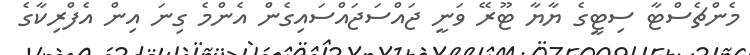
މެންޗެސްޓާ ސިޓީގެ ޔާޔާ ޓޫރޭ ވަނީ ޖައްސަޖައްސައިގެން އެންމެ ގިނަ އިން އެފްރިކާގެ